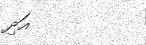
އަދި